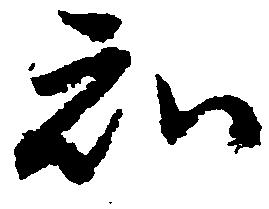
知